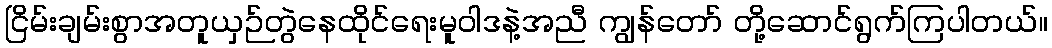
ငြိမ်းချမ်းစွာအတူယှဉ်တွဲနေထိုင်ရေးမူဝါဒနဲ့အညီ ကျွန်တော် တို့ဆောင်ရွက်ကြပါတယ်။